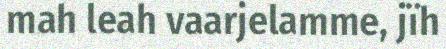
mah leah vaarjelamme, jïh